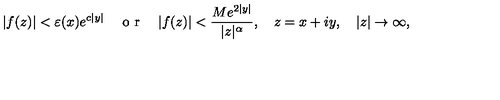
\vert f ( z ) \vert < \varepsilon ( x ) e ^ { c \vert y \vert } \quad \textrm { o r } \quad \vert f ( z ) \vert < \frac { M e ^ { 2 \vert y \vert } } { \vert z \vert ^ { \alpha } } , \quad z = x + i y , \quad \vert z \vert \to \infty ,